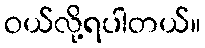
ဝယ်လို့ရပါတယ်။